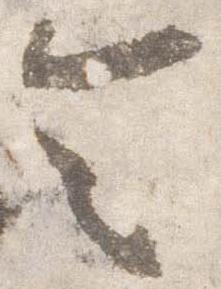
令